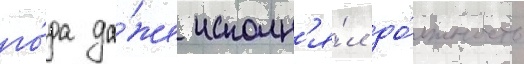
го́да да́же исполн'я́л до́лжность